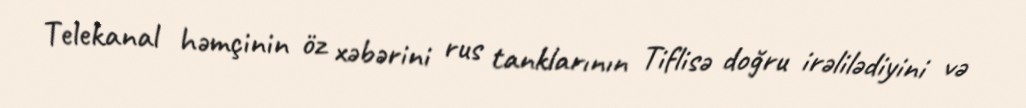
Telekanal həmçinin öz xəbərini rus tanklarının Tiflisə doğru irəlilədiyini və